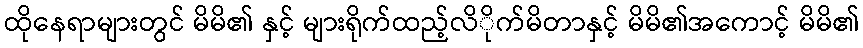
ထိုနေရာများတွင် မိမိ၏ နှင့် များရိုက်ထည့်လိိုက်မိတာနှင့် မိမိ၏အကောင့် မိမိ၏